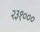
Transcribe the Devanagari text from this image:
२३१०००